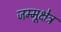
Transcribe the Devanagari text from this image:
जम्मूक्षेत्र